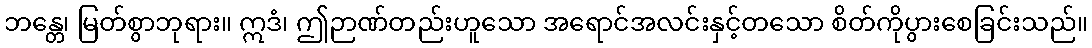
ဘန္တေ၊ မြတ်စွာဘုရား။ ဣဒံ၊ ဤဉာဏ်တည်းဟူသော အရောင်အလင်းနှင့်တသော စိတ်ကိုပွားစေခြင်းသည်။